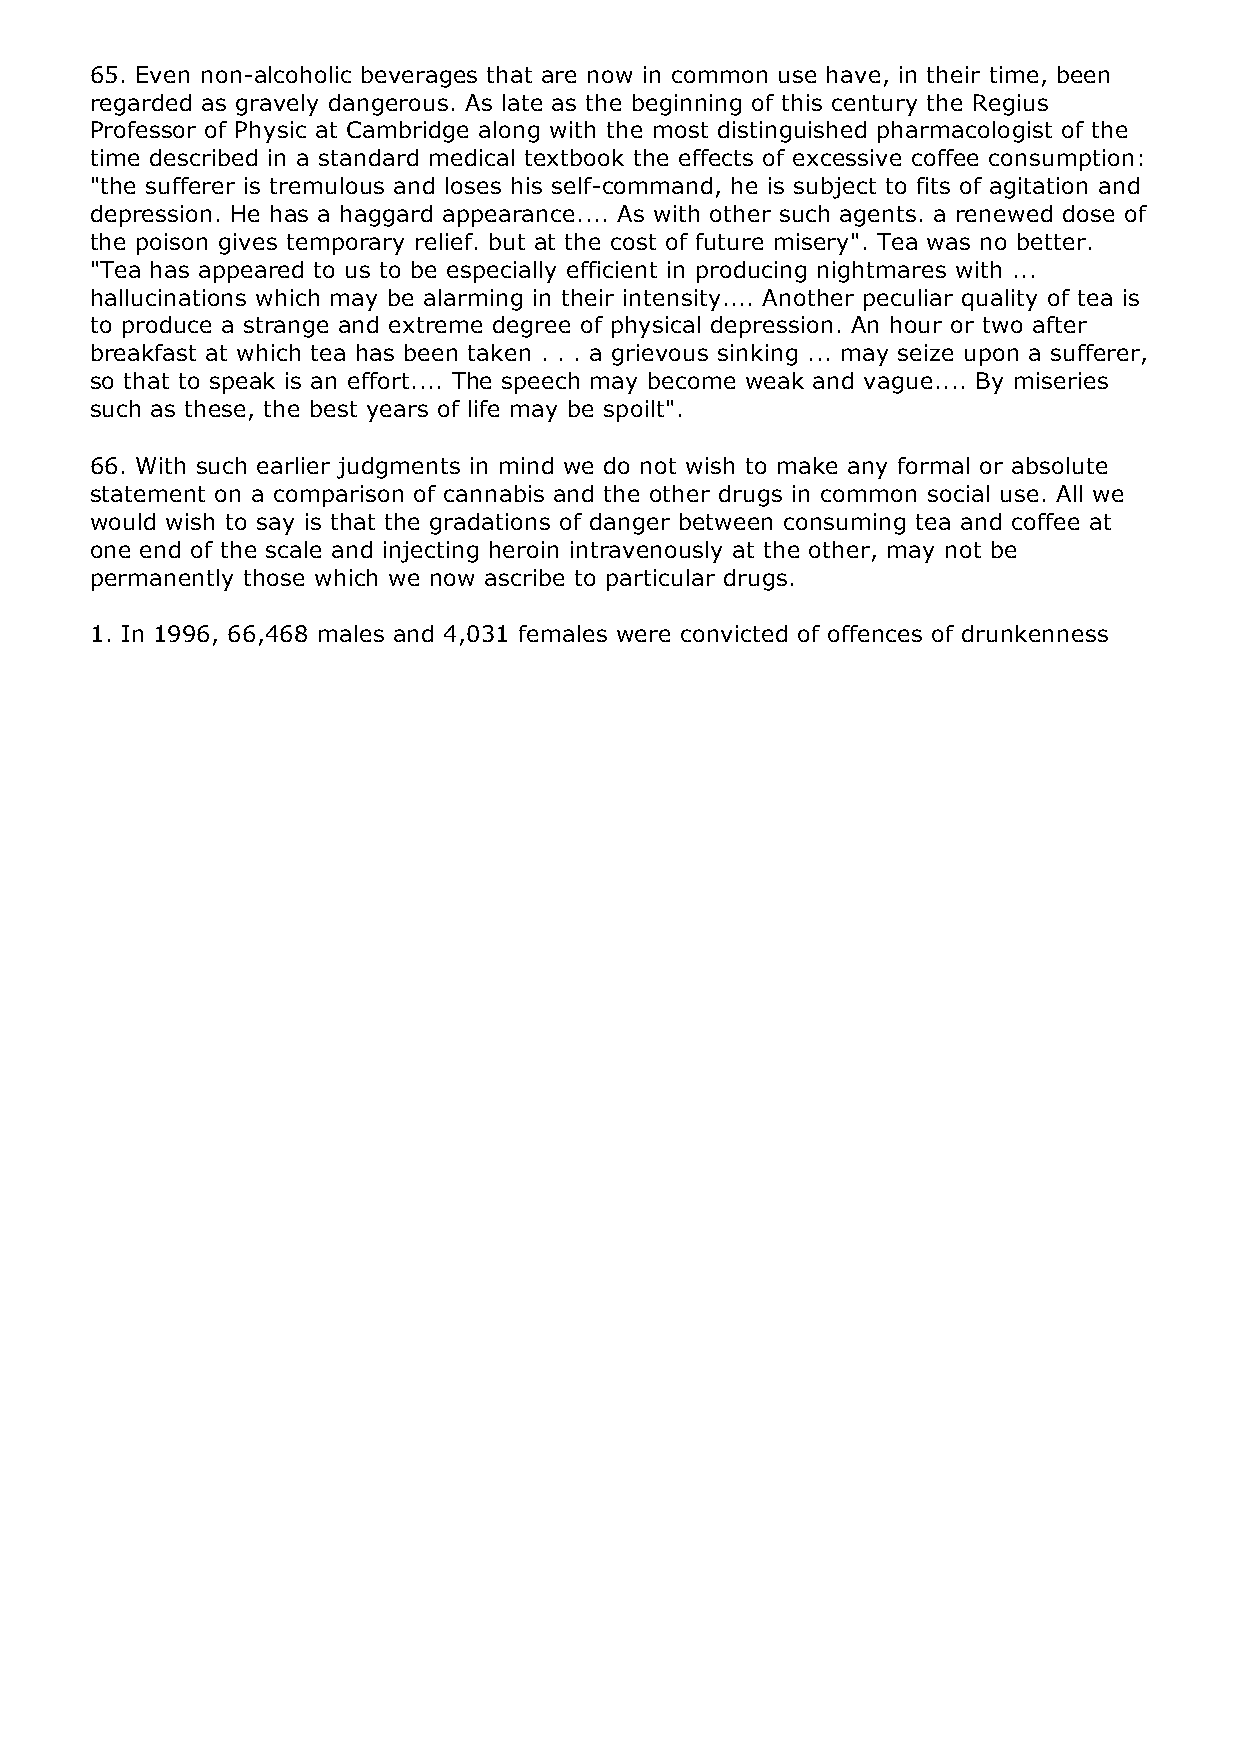
65. Even non-alcoholic beverages that are now in common use have, in their time, been
 regarded as gravely dangerous. As late as the beginning of this century the Regius
 Professor of Physic at Cambridge along with the most distinguished pharmacologist of the
 time described in a standard medical textbook the effects of excessive coffee consumption:
 "the sufferer is tremulous and loses his self-command, he is subject to fits of agitation and
 depression. He has a haggard appearance.... As with other such agents. a renewed dose of
 the poison gives temporary relief. but at the cost of future misery". Tea was no better.
 "Tea has appeared to us to be especially efficient in producing nightmares with ...
 hallucinations which may be alarming in their intensity.... Another peculiar quality of tea is
 to produce a strange and extreme degree of physical depression. An hour or two after
 breakfast at which tea has been taken . . . a grievous sinking ... may seize upon a sufferer,
 so that to speak is an effort.... The speech may become weak and vague.... By miseries
 such as these, the best years of life may be spoilt".
 66. With such earlier judgments in mind we do not wish to make any formal or absolute
 statement on a comparison of cannabis and the other drugs in common social use. All we
 would wish to say is that the gradations of danger between consuming tea and coffee at
 one end of the scale and injecting heroin intravenously at the other, may not be
 permanently those which we now ascribe to particular drugs.
 1. In 1996, 66,468 males and 4,031 females were convicted of offences of drunkenness